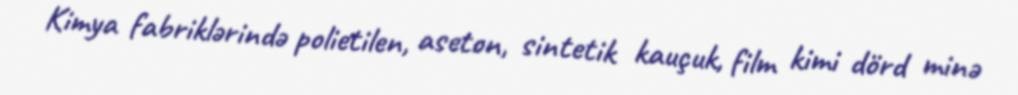
Kimya fabriklərində polietilen, aseton, sintetik kauçuk, film kimi dörd minə